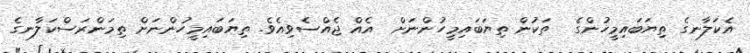
އެކަލާނގެ ތިޔަބައިމީހުންގެ  ތަކުން ތިޔަބައިމީހުންނަށް  އެއް ޖެއްސެވިއެވެ. ތިޔަބައިމީހުންނަށް ތިމަންރަސްކަލާނގެ